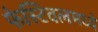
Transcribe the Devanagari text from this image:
फेस्टिवलमध्ये